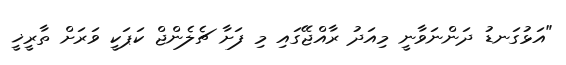
"އަޅުގަނޑު ދަންނަވާނީ މިއަދު ރާއްޖޭގައި މި ފަށާ ޗެލެންޖް ކަޕަކީ ވަރަށް ތާރީޚީ